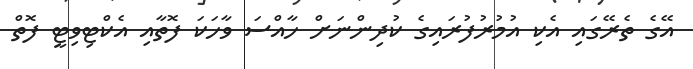
އޭގެ ތެރޭގައި އެކި އުމުރުފުރައިގެ ކުދިންނަށް ހާއްސަ ވާހަކަ ފޮތާއި އެކްޓިވިޓީ ފޮތް